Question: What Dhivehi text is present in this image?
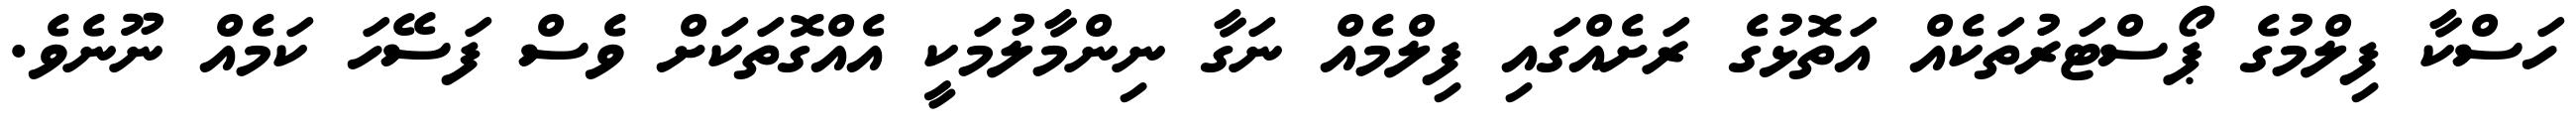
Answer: ހަސްކާ ފިލްމުގެ ޕޯސްޓަރުތަކެއް އަތޮޅުގެ ރަށެއްގައި ފިލްމެއް ނަގާ ނިންމާލުމަކީ އެއްގޮތަކަށް ވެސް ފަސޭހަ ކަމެއް ނޫނެވެ.